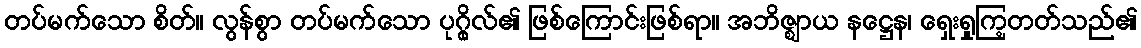
တပ်မက်သော စိတ်။ လွန်စွာ တပ်မက်သော ပုဂ္ဂိုလ်၏ ဖြစ်ကြောင်းဖြစ်ရာ။ အဘိဇ္ဈာယ နဋ္ဌေန၊ ရှေးရှုကြ့တတ်သည်၏